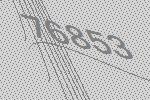
76853